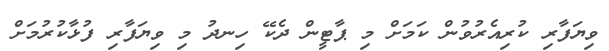
ވިޔަފާރި ކުރިއެރުވުން ކަމަށް މި ޕާޓީން ދެކޭ ހިނދު މި ވިޔަފާރި ފުޅާކުރުމަށް